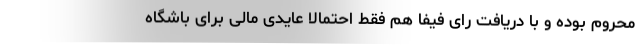
محروم بوده و با دریافت رای فیفا هم فقط احتمالاً عایدی مالی برای باشگاه